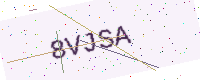
Text: 8VJSA